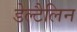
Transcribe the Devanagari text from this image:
डेल्टैलिन